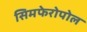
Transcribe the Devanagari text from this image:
सिमफेरोपोल